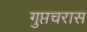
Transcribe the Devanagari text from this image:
गुप्तचरास